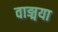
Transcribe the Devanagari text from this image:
वाङ्मया